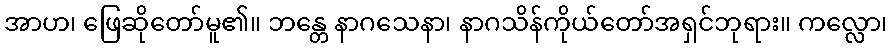
အာဟ၊ ဖြေဆိုတော်မူ၏။ ဘန္တေ နာဂသေနာ၊ နာဂသိန်ကိုယ်တော်အရှင်ဘုရား။ ကလ္လော၊